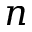
n